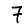
Digit: 7